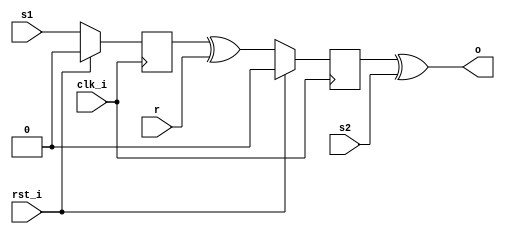
module example(clk_i, rst_i, 
    s1, s2, r, o
     );
    input clk_i; 
    input rst_i;
    input s1, s2, r;
    output o;
    
    (* extract_reset = "yes" *) reg flip1;
    (* extract_reset = "yes" *) reg flip2;
    
    (* keep = "true" *)  wire xor1;
    (* keep = "true" *)  wire xor2;
    
        always @(posedge clk_i) begin
            if (rst_i) begin
                flip1 <= 1'b0;
                flip2 <= 1'b0;
            end else begin
                flip1 <= s1;
                flip2 <= xor1;
            end      
        end
        
        assign xor1 = flip1 ^ r;
        assign xor2 = flip2 ^ s2;
        assign o = xor2;
endmodule